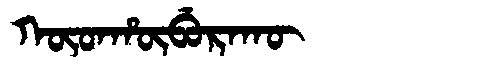
Manchu: ᡴᡡᡨᡥᡡᠪᡠᡵᠠᡴᡡ
Romanization: KŪTHŪBURAKŪ